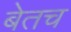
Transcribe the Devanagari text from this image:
बेतच